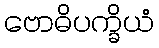
ဗောဓိပက္ခိယံ